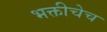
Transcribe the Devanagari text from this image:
भक्तीचेच